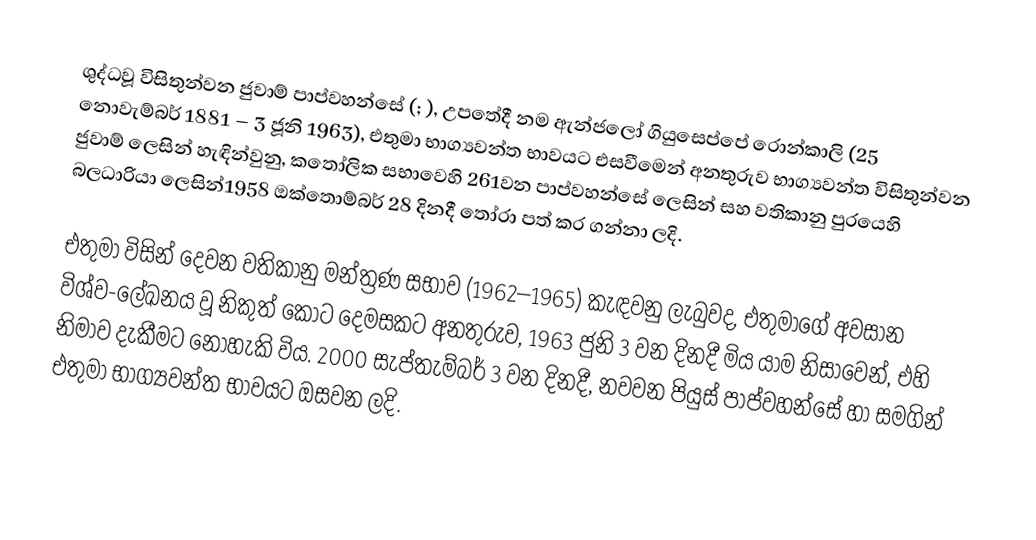
ශුද්ධවූ විසිතුන්වන ජුවාම් පාප්වහන්සේ (; ), උපතේදී නම ඇන්ජලෝ ගියුසෙප්පේ රොන්කාලි (25 නොවැම්බර් 1881 – 3 ජූනි 1963), එතුමා භාග්‍යවන්ත භාවයට එසවීමෙන්  අනතුරුව  භාග්‍යවන්ත විසිතුන්වන ජුවාම් ලෙසින් හැඳින්වුනු, කතෝලික සභාවෙහි 261වන  පාප්වහන්සේ ලෙසින් සහ වතිකානු පුරයෙහි බලධාරියා ලෙසින්1958 ඔක්තොම්බර් 28 දිනදී තෝරා පත් කර ගන්නා ලදි.

එතුමා විසින් දෙවන වතිකානු මන්ත්‍රණ සභාව (1962–1965) කැඳවනු ලැබුවද,  එතුමාගේ අවසාන  විශ්ව-ලේඛනය වූ  නිකුත් කොට දෙමසකට අනතුරුව, 1963 ජුනි 3 වන දිනදී මිය යාම නිසාවෙන්, එහි නිමාව දැකීමට නොහැකි විය. 2000 සැප්තැම්බර් 3 වන දිනදී, නවවන පියුස් පාප්වහන්සේ හා සමගින් එතුමා භාග්‍යවන්ත භාවයට ඔසවන ලදි.